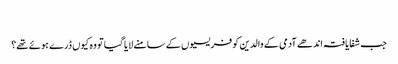
‏
جب شفایافتہ اندھے آدمی کے والدین کو فریسیوں کے سامنے لایا گیا تو وہ کیوں ڈرے ہوئے تھے؟